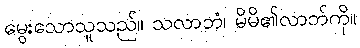
မွေးသောသူသည်။ သလာဘံ၊ မိမိ၏လာဘ်ကို။